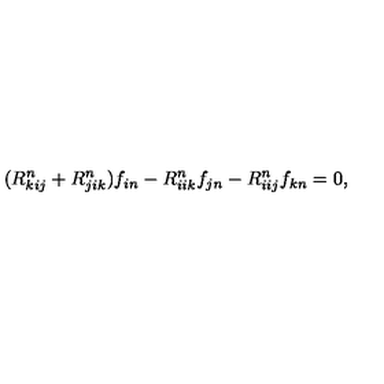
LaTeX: ( R _ { k i j } ^ { n } + R _ { j i k } ^ { n } ) f _ { i n } - R _ { i i k } ^ { n } f _ { j n } - R _ { i i j } ^ { n } f _ { k n } = 0 ,